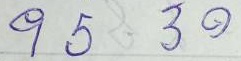
95 - 30